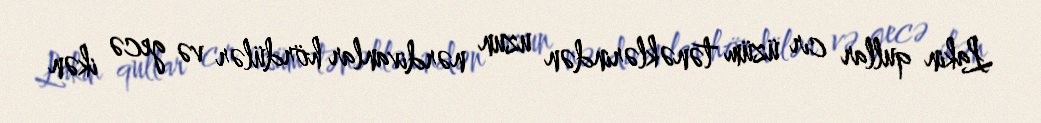
Lakin qullar cır üzüm tənəklərindən uzun nərdivanlar hördülər və gecə ikən